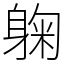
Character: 躹